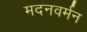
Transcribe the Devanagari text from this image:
मदनवर्मन